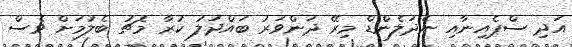
އަދި ސްޕެއިނާއި ނެދަލެންޑް މިރޭ ދަންވަރު ބައްދަލު ކުރާ މެޗު ބެލުމަށް ވެސް